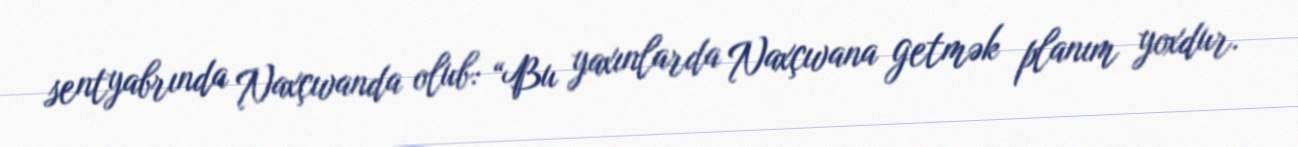
sentyabrında Naxçıvanda olub: “Bu yaxınlarda Naxçıvana getmək planım yoxdur.